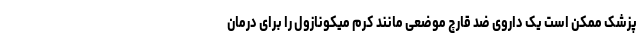
پزشک ممکن است یک داروی ضد قارچ موضعی مانند کرم میکونازول را برای درمان